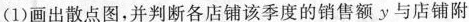
(1)画出散点图，并判断各店铺该季度的销售额y与店铺附